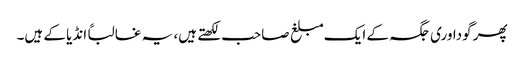
پھر گوداوری جگہ کے ایک مبلغ صاحب لکھتے ہیں، یہ غالباً انڈیا کے ہیں۔